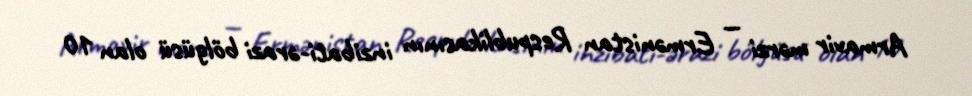
Armavir mərzi — Ermənistan Respublikasının inzibati-ərazi bölgüsü olan 10